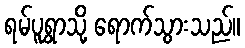
ရမ်ပူရွာသို့ ရောက်သွားသည်။